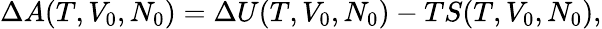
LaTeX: \Delta A(T,V_{0},N_{0})=\Delta U(T,V_{0},N_{0})-TS(T,V_{0},N_{0}),